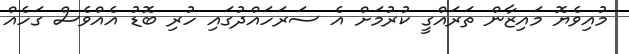
މުއިވެޔޮ މައިޒާން ތަރައްގީ ކުރުމަށް އެ ސަރަހައްދުގައި ހުރި ބޮޑު އެއްވެސް ގަހެއް